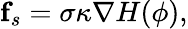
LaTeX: \mathbf{f}_{s}=\sigma\kappa\nabla H(\phi),